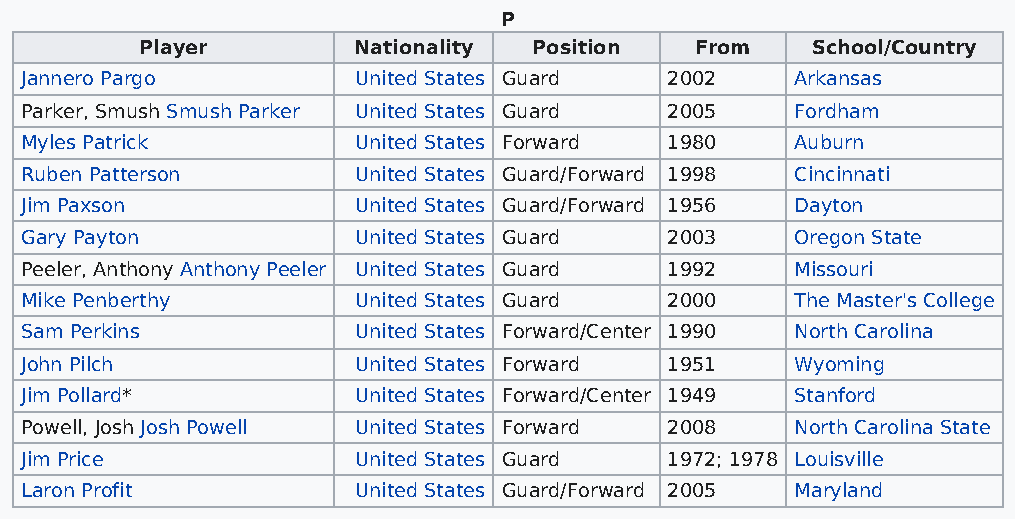
P
 Player        Nationality Position   From    School/Country
 Jannero Pargo         United States Guard  2002     Arkansas
 Parker, Smush Smush Parker United States Guard 2005 Fordham
 Myles Patrick         United States Forward 1980    Auburn
 Ruben Patterson       United States Guard/Forward 1998 Cincinnati
 Jim Paxson            United States Guard/Forward 1956 Dayton
 Gary Payton           United States Guard  2003     Oregon State
 Peeler, Anthony Anthony Peeler United States Guard 1992 Missouri
 Mike Penberthy        United States Guard  2000     The Master's College
 Sam Perkins           United States Forward/Center 1990 North Carolina
 John Pilch            United States Forward 1951    Wyoming
 Jim Pollard*          United States Forward/Center 1949 Stanford
 Powell, Josh Josh Powell United States Forward 2008 North Carolina State
 Jim Price             United States Guard  1972; 1978 Louisville
 Laron Profit          United States Guard/Forward 2005 Maryland